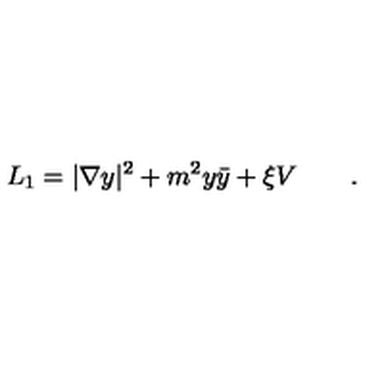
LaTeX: L _ { 1 } = | \nabla y | ^ { 2 } + m ^ { 2 } y \bar { y } + \xi V \qquad .